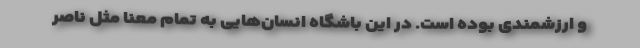
و ارزشمندی بوده است. در این باشگاه انسان‌هایی به تمام معنا مثل ناصر